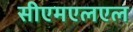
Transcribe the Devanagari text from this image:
सीएमएलएल